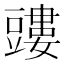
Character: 𧰃